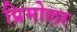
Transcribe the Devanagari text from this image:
प्रिमोलर